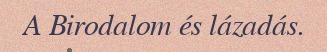
A Birodalom és lázadás.